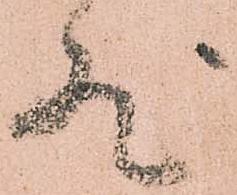
然